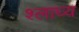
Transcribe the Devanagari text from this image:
श्लाघ्य